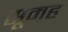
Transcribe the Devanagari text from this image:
सूमह